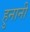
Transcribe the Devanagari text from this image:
हुनानी